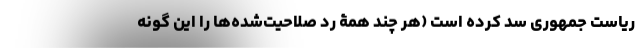
ریاست جمهوری سد کرده است (هر چند همۀ رد صلاحیت‌شده‌ها را این گونه